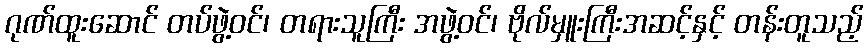
ဂုဏ်ထူးဆောင် တပ်ဖွဲ့ဝင်၊ တရားသူကြီး အဖွဲ့ဝင်၊ ဗိုလ်မှူးကြီးအဆင့်နှင့် တန်းတူသည့်